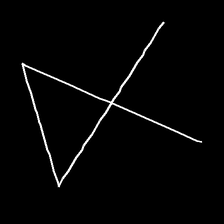
Glyph: collection